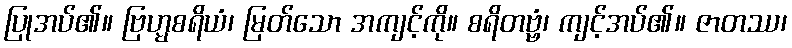
ပြုအပ်၏။ ဗြဟ္မစရိယံ၊ မြတ်သော အကျင့်ကို။ စရိတဗ္ဗံ၊ ကျင့်အပ်၏။ ဇာတဿ၊